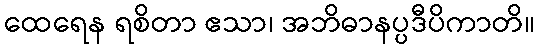
ထေရေန ရစိတာ ဧသာ၊ အဘိဓာနပ္ပဒီပိကာတိ။